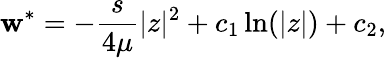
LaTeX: \mathbf{w}^{*}=-\frac{{s}}{{4\mu}}|z|^{2}+c_{1}\ln(|z|)+c_{2},